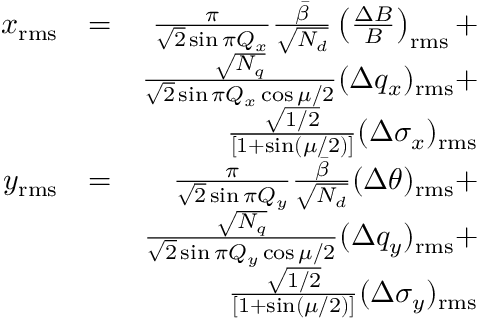
\begin{array} { r l r } { x _ { \mathrm { r m s } } } & { = } & { \frac { \pi } { \sqrt { 2 } \sin { \pi Q _ { x } } } \frac { \Bar { \beta } } { \sqrt { N _ { d } } } \left( \frac { \Delta B } { B } \right) _ { \mathrm { r m s } } + } \\ & { } & { \frac { \sqrt { N _ { q } } } { \sqrt { 2 } \sin { \pi Q _ { x } } \cos { \mu / 2 } } ( \Delta q _ { x } ) _ { \mathrm { r m s } } + } \\ & { } & { \frac { \sqrt { 1 / 2 } } { \left[ 1 + \sin ( \mu / 2 ) \right] } ( \Delta \sigma _ { x } ) _ { \mathrm { r m s } } } \\ { y _ { \mathrm { r m s } } } & { = } & { \frac { \pi } { \sqrt { 2 } \sin { \pi Q _ { y } } } \frac { \Bar { \beta } } { \sqrt { N _ { d } } } ( \Delta \theta ) _ { \mathrm { r m s } } + } \\ & { } & { \frac { \sqrt { N _ { q } } } { \sqrt { 2 } \sin { \pi Q _ { y } } \cos { \mu / 2 } } ( \Delta q _ { y } ) _ { \mathrm { r m s } } + } \\ & { } & { \frac { \sqrt { 1 / 2 } } { \left[ 1 + \sin ( \mu / 2 ) \right] } ( \Delta \sigma _ { y } ) _ { \mathrm { r m s } } } \end{array}